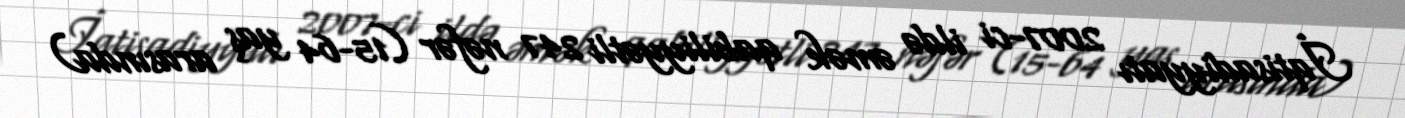
İqtisadiyyatı 2007-ci ildə əmək qabiliyyətli 247 nəfər (15-64 yaş arasında)